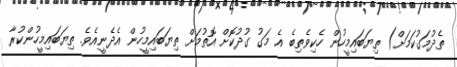
ތެދުމަގުކަމަށް) ތިޔަބައިމީހުން ހެކިވެތިބެ އެ މަގު ގުދުކޮށް އޮތުމަށް ތިޔަބައިމީހުން އެދެނީއެވެ. ތިޔަބައިމީހުންކުރާ